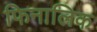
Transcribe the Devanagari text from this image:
फिनालिक